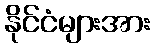
နိုင်ငံများအား